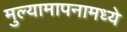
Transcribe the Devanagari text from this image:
मुल्यामापनामध्ये